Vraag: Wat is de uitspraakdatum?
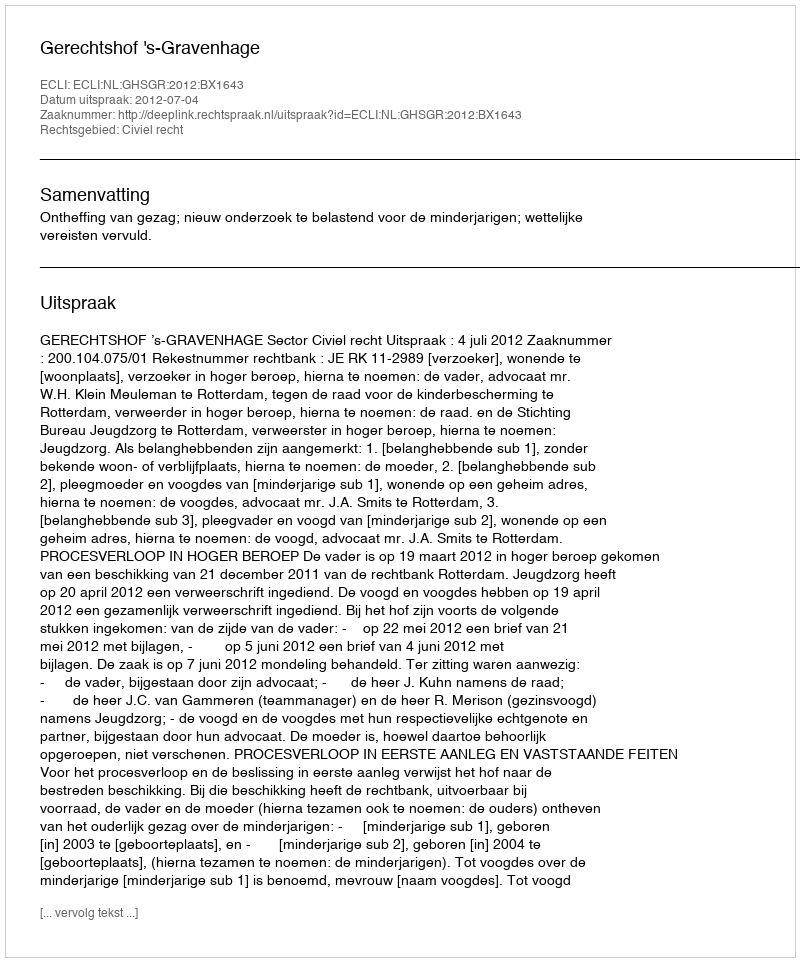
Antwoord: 2012-07-04